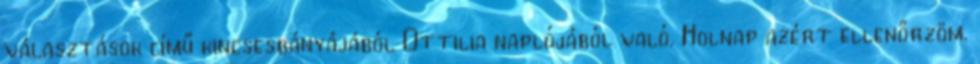
választások című kincsesbányájából Ottilia naplójából való. Holnap azért ellenőrzöm.